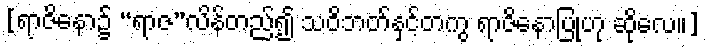
[ရာဇိနော၌ “ရာဇ”လိန်တည်၍ သဝိဘတ်နှင့်တကွ ရာဇိနောပြုဟု ဆိုလေ။]